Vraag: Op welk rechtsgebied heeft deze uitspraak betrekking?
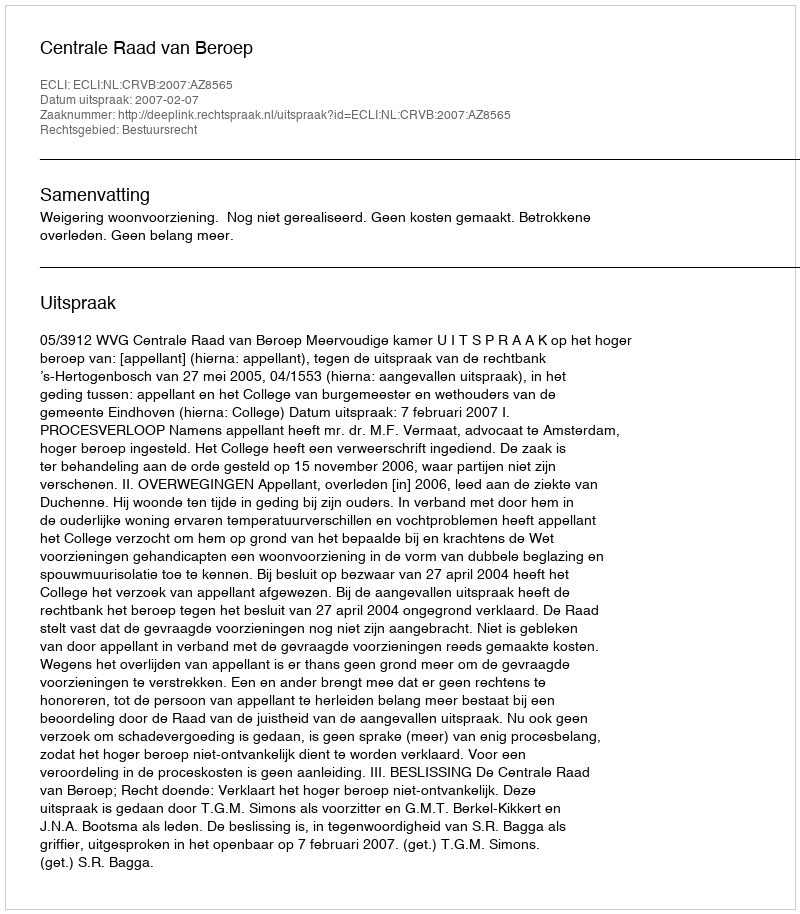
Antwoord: Bestuursrecht